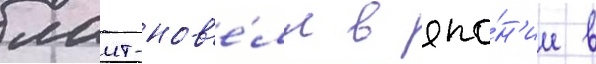
лаит-нов'е́лл в япо́н'ии в